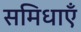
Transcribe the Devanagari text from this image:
समिधाएँ